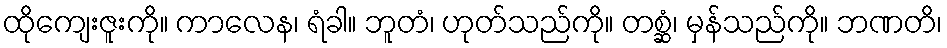
ထိုကျေးဇူးကို။ ကာလေန၊ ရံခါ။ ဘူတံ၊ ဟုတ်သည်ကို။ တစ္ဆံ၊ မှန်သည်ကို။ ဘဏတိ၊